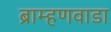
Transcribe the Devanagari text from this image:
ब्राम्हणवाडा